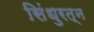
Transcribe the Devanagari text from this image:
सिंधुरत्न